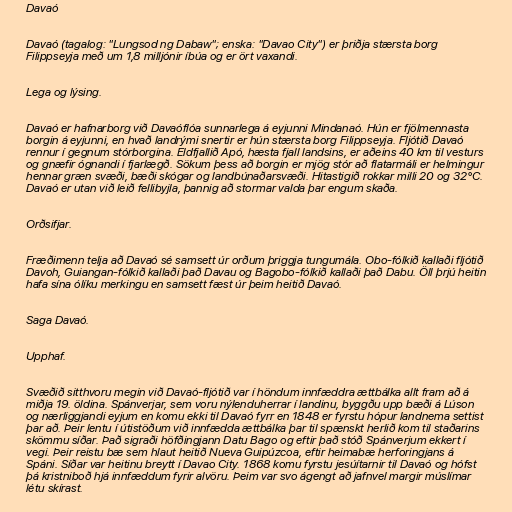
Davaó

Davaó (tagalog: "Lungsod ng Dabaw"; enska: "Davao City") er þriðja stærsta borg
Filippseyja með um 1,8 milljónir íbúa og er ört vaxandi.

Lega og lýsing.

Davaó er hafnarborg við Davaóflóa sunnarlega á eyjunni Mindanaó. Hún er fjölmennasta
borgin á eyjunni, en hvað landrými snertir er hún stærsta borg Filippseyja. Fljótið Davaó
rennur í gegnum stórborgina. Eldfjallið Apó, hæsta fjall landsins, er aðeins 40 km til vesturs
og gnæfir ógnandi í fjarlægð. Sökum þess að borgin er mjög stór að flatarmáli er helmingur
hennar græn svæði, bæði skógar og landbúnaðarsvæði. Hitastigið rokkar milli 20 og 32°C.
Davaó er utan við leið fellibyjla, þannig að stormar valda þar engum skaða.

Orðsifjar.

Fræðimenn telja að Davaó sé samsett úr orðum þriggja tungumála. Obo-fólkið kallaði fljótið
Davoh, Guiangan-fólkið kallaði það Davau og Bagobo-fólkið kallaði það Dabu. Öll þrjú heitin
hafa sína ólíku merkingu en samsett fæst úr þeim heitið Davaó.

Saga Davaó.

Upphaf.

Svæðið sitthvoru megin við Davaó-fljótið var í höndum innfæddra ættbálka allt fram að á
miðja 19. öldina. Spánverjar, sem voru nýlenduherrar í landinu, byggðu upp bæði á Lúson
og nærliggjandi eyjum en komu ekki til Davaó fyrr en 1848 er fyrstu hópur landnema settist
þar að. Þeir lentu í útistöðum við innfædda ættbálka þar til spænskt herlið kom til staðarins
skömmu síðar. Það sigraði höfðingjann Datu Bago og eftir það stóð Spánverjum ekkert í
vegi. Þeir reistu bæ sem hlaut heitið Nueva Guipúzcoa, eftir heimabæ herforingjans á
Spáni. Síðar var heitinu breytt í Davao City. 1868 komu fyrstu jesúítarnir til Davaó og hófst
þá kristniboð hjá innfæddum fyrir alvöru. Þeim var svo ágengt að jafnvel margir múslímar
létu skírast.